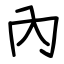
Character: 內